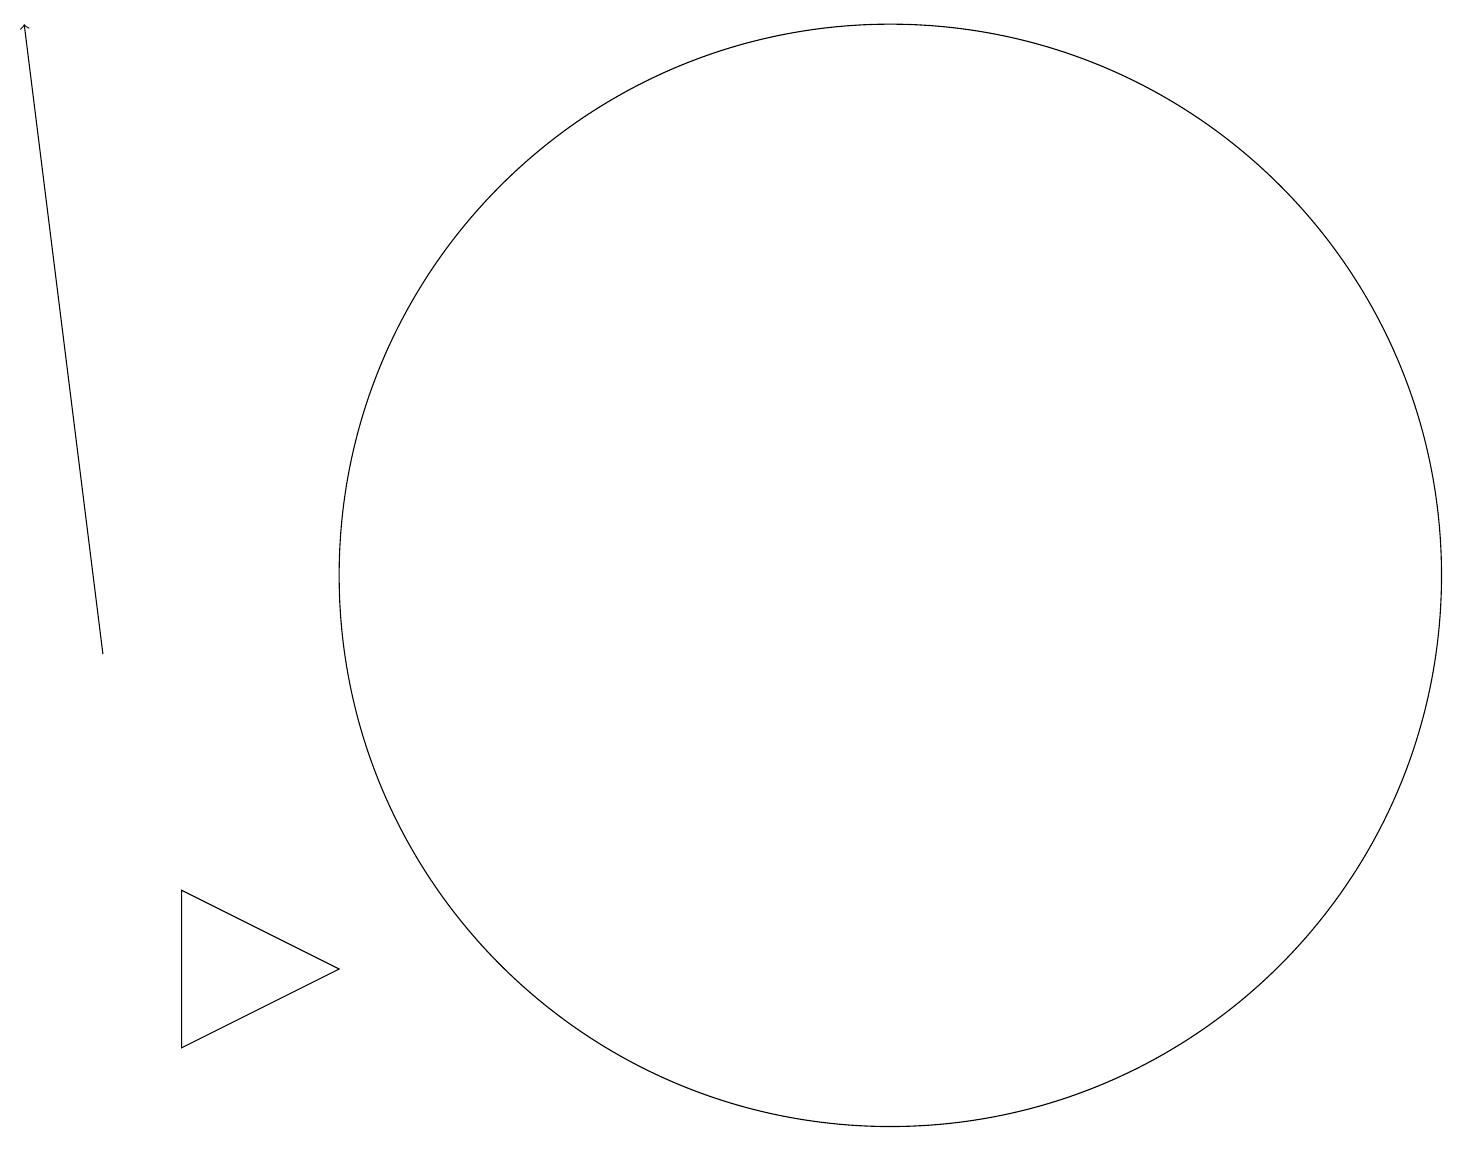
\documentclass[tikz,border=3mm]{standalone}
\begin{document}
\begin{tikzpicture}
\draw (3,7) -- (5,6) -- (3,5) -- cycle;
\draw[->] (2,10) -- (1,18);
\draw (12,11) circle (7);
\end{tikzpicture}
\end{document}